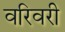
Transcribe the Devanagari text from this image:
वरिवरी